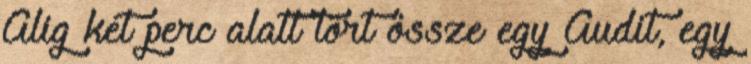
Alig két perc alatt tört össze egy Audit, egy